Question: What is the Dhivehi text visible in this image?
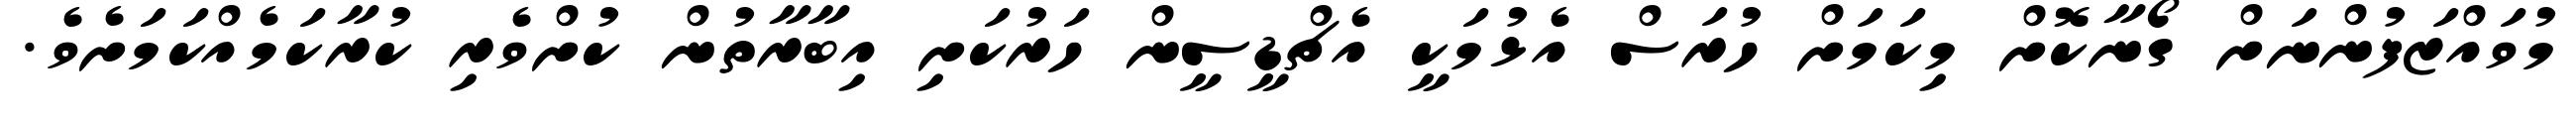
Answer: މުވައްޒަފުންނަށް ގޯނާކޮށް މިކަމަށް ހުރަސް އެޅުމަކީ އެޗްޑީސީން ހަރުކަށި އިބާރާތުން ކުށްވެރި ކުރާކަމެއްކަމަށެވެ.